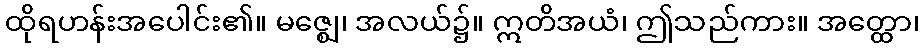
ထိုရဟန်းအပေါင်း၏။ မဇ္ဈေ၊ အလယ်၌။ ဣတိအယံ၊ ဤသည်ကား။ အတ္ထော၊